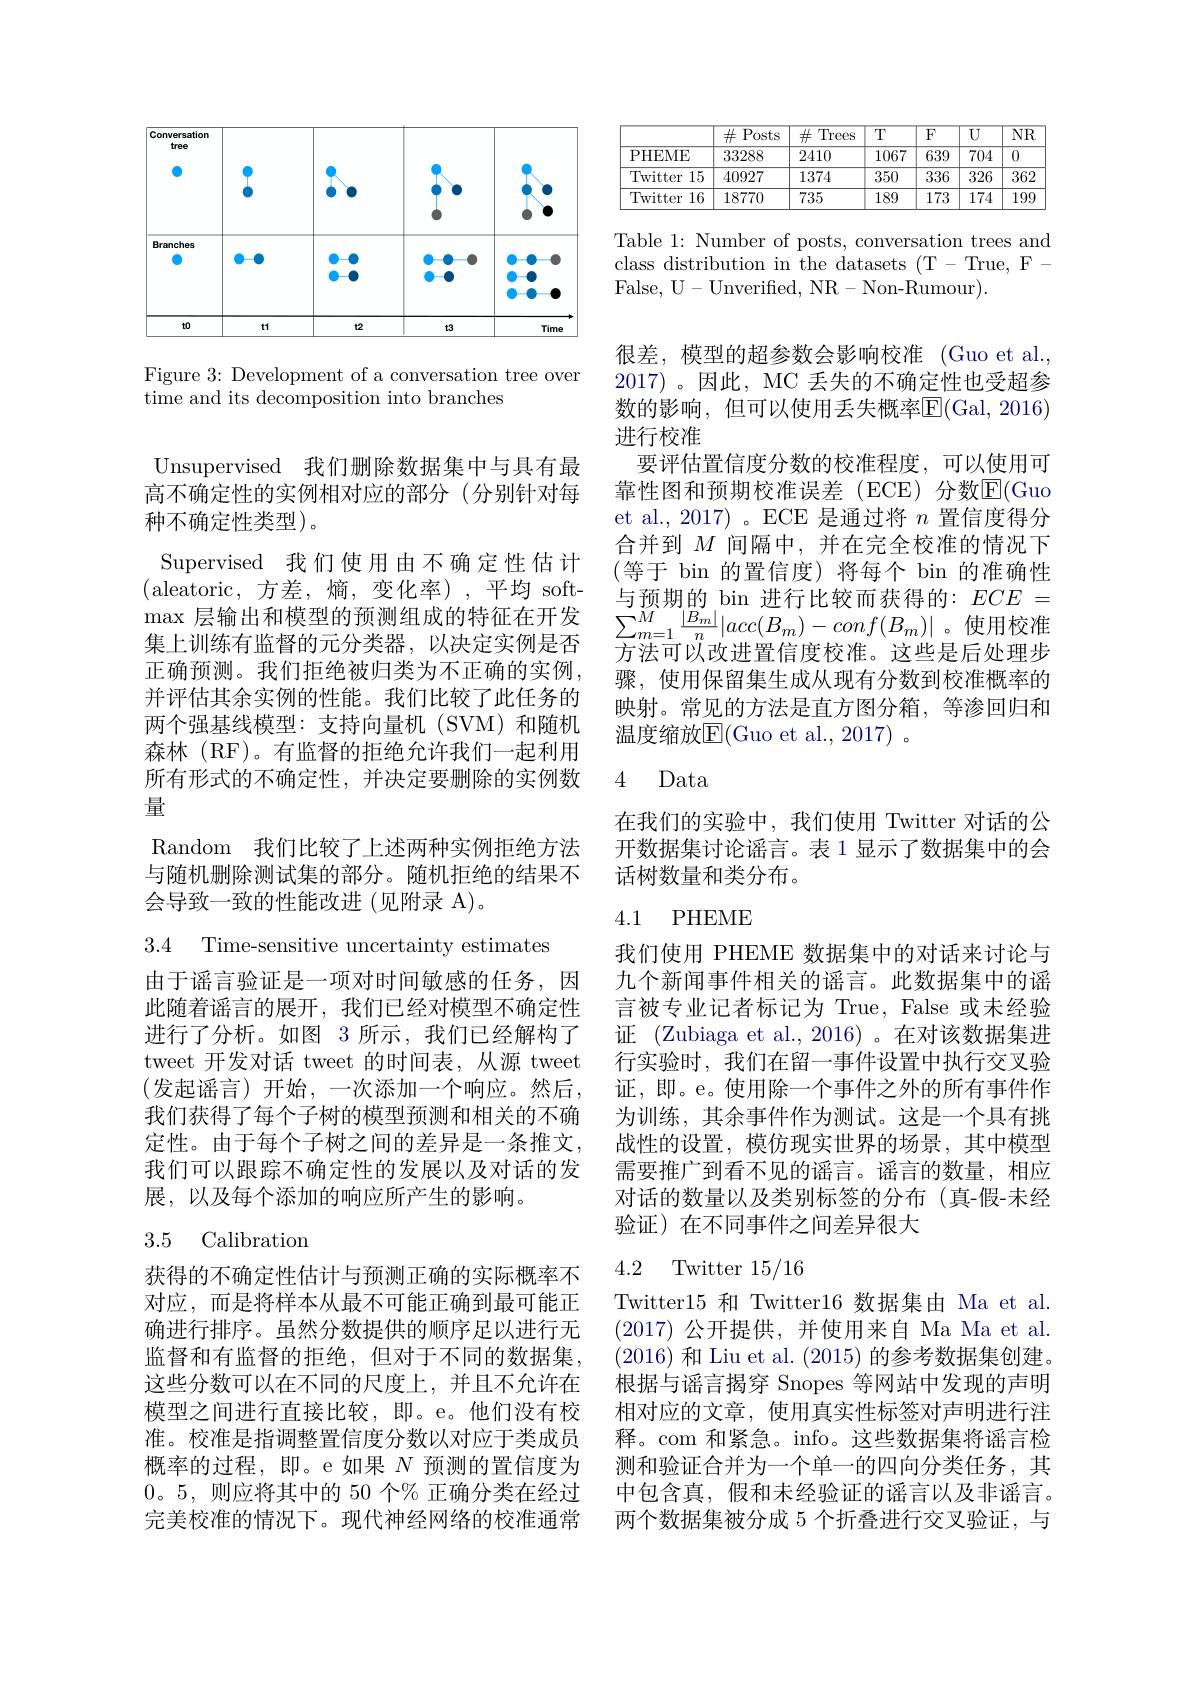
<FigureHere>

Figure 3: Development of a conversation tree over
time and its decomposition into branches

Unsupervised 我们删除数据集中与具有最高不确定性的实例相对应的部分(分别针对每种不确定性类型)。
Supervised 我们使用由不确定性估计(aleatoric,方差，熵，变化率),平均 soft- $\max$层输出和模型的预测组成的特征在开发集上训练有监督的元分类器，以决定实例是否正确预测。我们拒绝被归类为不正确的实例， 并评估其余实例的性能。我们比较了此任务的两个强基线模型：支持向量机(SVM)和随机森林(RF)。有监督的拒绝允许我们一起利用所有形式的不确定性，并决定要删除的实例数量
Random 我们比较了上述两种实例拒绝方法与随机删除测试集的部分。随机拒绝的结果不

会导致一致的性能改进(见附录 A)。

3.4 Time-sensitive uncertainty estimates

由于谣言验证是一项对时间敏感的任务，因此随着谣言的展开，我们已经对模型不确定性进行了分析。如图 3 所示，我们已经解构了tweet 开发对话 tweet 的时间表，从源 tweet (发起谣言)开始，一次添加一个响应。然后我们获得了每个子树的模型预测和相关的不确定性。由于每个子树之间的差异是一条推文， 我们可以跟踪不确定性的发展以及对话的发展，以及每个添加的响应所产生的影响。

## 3.5 Calibration

获得的不确定性估计与预测正确的实际概率不对应，而是将样本从最不可能正确到最可能正确进行排序。虽然分数提供的顺序足以进行无监督和有监督的拒绝，但对于不同的数据集， 这些分数可以在不同的尺度上，并且不允许在模型之间进行直接比较，即。e。他们没有校准。校准是指调整置信度分数以对应于类成员概率的过程，即。e 如果$N$预测的置信度为0。5,则应将其中的 50 个% 正确分类在经过完美校准的情况下。现代神经网络的校准通常

<table>
	<tbody>
		<tr>
			<th> </th>
			<th>$\#$Posts</th>
			<th>井 Trees -</th>
			<th>$\overline{T}$</th>
			<th>$\overline{{\mathrm{F}}}$</th>
			<th>$\overline{U}$</th>
			<th>$\overline{\mathrm{NR}}$</th>
		</tr>
		<tr>
			<td>PHEME</td>
			<td>33288</td>
			<td>2410</td>
			<td>1067</td>
			<td>639</td>
			<td>704</td>
			<td>0</td>
		</tr>
		<tr>
			<td>Twitter 15</td>
			<td>40927</td>
			<td>1374</td>
			<td>350</td>
			<td>336</td>
			<td>326</td>
			<td>362</td>
		</tr>
		<tr>
			<td>Twitter 16</td>
			<td>18770</td>
			<td>735</td>
			<td>189</td>
			<td>173</td>
			<td>174</td>
			<td>199</td>
		</tr>
	</tbody>
</table>

Table 1: Number of posts, conversation trees and class distribution in the datasets (T- True, FFalse, U- Unverified, NR- Non-Rumour).

很差，模型的超参数会影响校准 (Guo et al., 2017)。因此，MC 丢失的不确定性也受超参数的影响，但可以使用丢失概率$\overline{\mathrm{E}}($Gal,2016) 进行校准
要评估置信度分数的校准程度，可以使用可靠性图和预期校准误差(ECE)分数$\overline{\mathrm{E}}($Guo et al.,2017)。ECE 是通过将$n$置信度得分合并到$M$间隔中，并在完全校准的情况下(等于 bin 的置信度)将每个 bin 的准确性与预期的 bin 进行比较而获得的：$ECE=$ $\sum_{m=1}^{M}\frac{|B_{m}|}{n}|acc(B_{m})-conf(B_{m})|$。使用校准方法可以改进置信度校准。这些是后处理步骤，使用保留集生成从现有分数到校准概率的映射。常见的方法是直方图分箱，等渗回归和温度缩放E(Guo et al., 2017) 。

### 4 Data

在我们的实验中，我们使用 Twitter 对话的公开数据集讨论谣言。表 1 显示了数据集中的会话树数量和类分布。

## 4.1 PHEME

我们使用 PHEME 数据集中的对话来讨论与九个新闻事件相关的谣言。此数据集中的谣言被专业记者标记为 True, False 或未经验证 (Zubiaga et al., 2016) 。在对该数据集进行实验时，我们在留一事件设置中执行交叉验证，即。e。使用除一个事件之外的所有事件作为训练，其余事件作为测试。这是一个具有挑战性的设置，模仿现实世界的场景，其中模型需要推广到看不见的谣言。谣言的数量，相应对话的数量以及类别标签的分布(真-假-未经验证)在不同事件之间差异很大

## 4.2 Twitter 15/16

Twitter15 和 Twitter16 数据集由 Ma et al. (2017)公开提供，并使用来自 Ma Ma et al. (2016)和 Liu et al. (2015)的参考数据集创建。根据与谣言揭穿 Snopes 等网站中发现的声明相对应的文章，使用真实性标签对声明进行注释。com 和紧急。info。这些数据集将谣言检测和验证合并为一个单一的四向分类任务，其中包含真，假和未经验证的谣言以及非谣言。两个数据集被分成 5 个折叠进行交叉验证，与